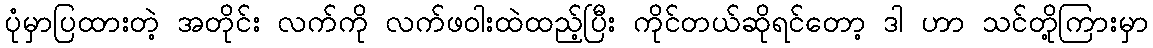
ပုံမှာပြထားတဲ့ အတိုင်း လက်ကို လက်ဖဝါးထဲထည့်ပြီး ကိုင်တယ်ဆိုရင်တော့ ဒါ ဟာ သင်တို့ကြားမှာ